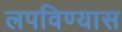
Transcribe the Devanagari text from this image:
लपविण्यास